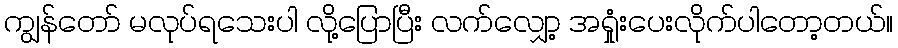
ကျွန်တော် မလုပ်ရသေးပါ လို့ပြောပြီး လက်လျှော့ အရှုံးပေးလိုက်ပါတော့တယ်။